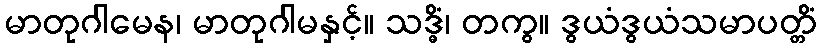
မာတုဂါမေန၊ မာတုဂါမနှင့်။ သဒ္ဓိံ၊ တကွ။ ဒွယံဒွယံသမာပတ္တိံ